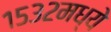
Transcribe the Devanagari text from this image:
१५३२मध्ये